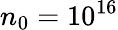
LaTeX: n_{0}=10^{16}